Report on vaccination in the Province of Bengal - 1869-1873
Year: 1869
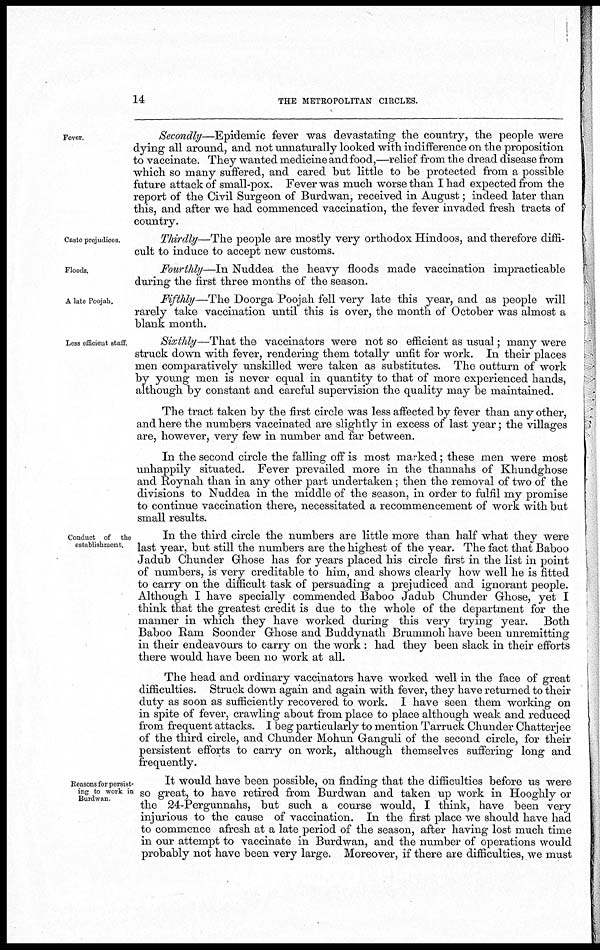
14
THE METROPOLITAN CIRCLES.
Fever.
Secondly—Epidemic fever was devastating the country, the people were
dying all around, and not unnaturally looked with indifference on the proposition
to vaccinate. They wanted medicine and food,—relief from the dread disease from
which so many suffered, and cared but little to be protected from a possible
future attack of small-pox. Fever was much worse than I had expected from the
report of the Civil Surgeon of Burdwan, received in August; indeed later than
this, and after we had commenced vaccination, the fever invaded fresh tracts of
country.
Caste prejudices.
Thirdly—The people are mostly very orthodox Hindoos, and therefore diffi-
cult to induce to accept new customs.
Floods.
Fourthly—In Nuddea the heavy floods made vaccination impracticable
during the first three months of the season.
A late Poojah.
Fifthly—The Doorga Poojah fell very late this year, and as people will
rarely take vaccination until this is over, the month of October was almost a
blank month.
Less efficient staff.
Sixthly—That the vaccinators were not so efficient as usual; many were
struck down with fever, rendering them totally unfit for work. In their places
men comparatively unskilled were taken as substitutes. The outturn of work
by young men is never equal in quantity to that of more experienced hands,
although by constant and careful supervision the quality may be maintained.
The tract taken by the first circle was less affected by fever than any other,
and here the numbers vaccinated are slightly in excess of last year; the villages
are, however, very few in number and far between.
In the second circle the falling off is most marked; these men were most
unhappily situated. Fever prevailed more in the thannahs of Khundghose
and Roynah than in any other part undertaken; then the removal of two of the
divisions to Nuddea in the middle of the season, in order to fulfil my promise
to continue vaccination there, necessitated a recommencement of work with but
small results.
Conduct of the
establishment.
In the third circle the numbers are little more than half what they were
last year, but still the numbers are the highest of the year. The fact that Baboo
Jadub Chunder Ghose has for years placed his circle first in the list in point
of numbers, is very creditable to him, and shows clearly how well he is fitted
to carry on the difficult task of persuading a prejudiced and ignorant people.
Although I have specially commended Baboo Jadub Chunder Ghose, yet I
think that the greatest credit is due to the whole of the department for the
manner in which they have worked during this very trying year. Both
Baboo Ram Soonder Ghose and Buddynath Brummoh have been unremitting
in their endeavours to carry on the work : had they been slack in their efforts
there would have been no work at all.
The head and ordinary vaccinators have worked well in the face of great
difficulties. Struck down again and again with fever, they have returned to their
duty as soon as sufficiently recovered to work. I have seen them working on
in spite of fever, crawling about from place to place although weak and reduced
from frequent attacks. I beg particularly to mention Tarruck Chunder Chatterjee
of the third circle, and Chunder Mohun Ganguli of the second circle, for their
persistent efforts to carry on work, although themselves suffering long and
frequently.
Reasons for persist-
ing to work in
Burdwan.
It would have been possible, on finding that the difficulties before us were
so great, to have retired from Burdwan and taken up work in Hooghly or
the 24-Pergunnahs, but such a course would, I think, have been very
injurious to the cause of vaccination. In the first place we should have had
to commence afresh at a late period of the season, after having lost much time
in our attempt to vaccinate in Burdwan, and the number of operations would
probably not have been very large. Moreover, if there are difficulties, we must